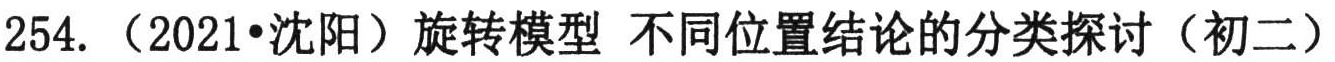
254. （2021•沈阳）旋转模型 不同位置结论的分类探讨（初二）